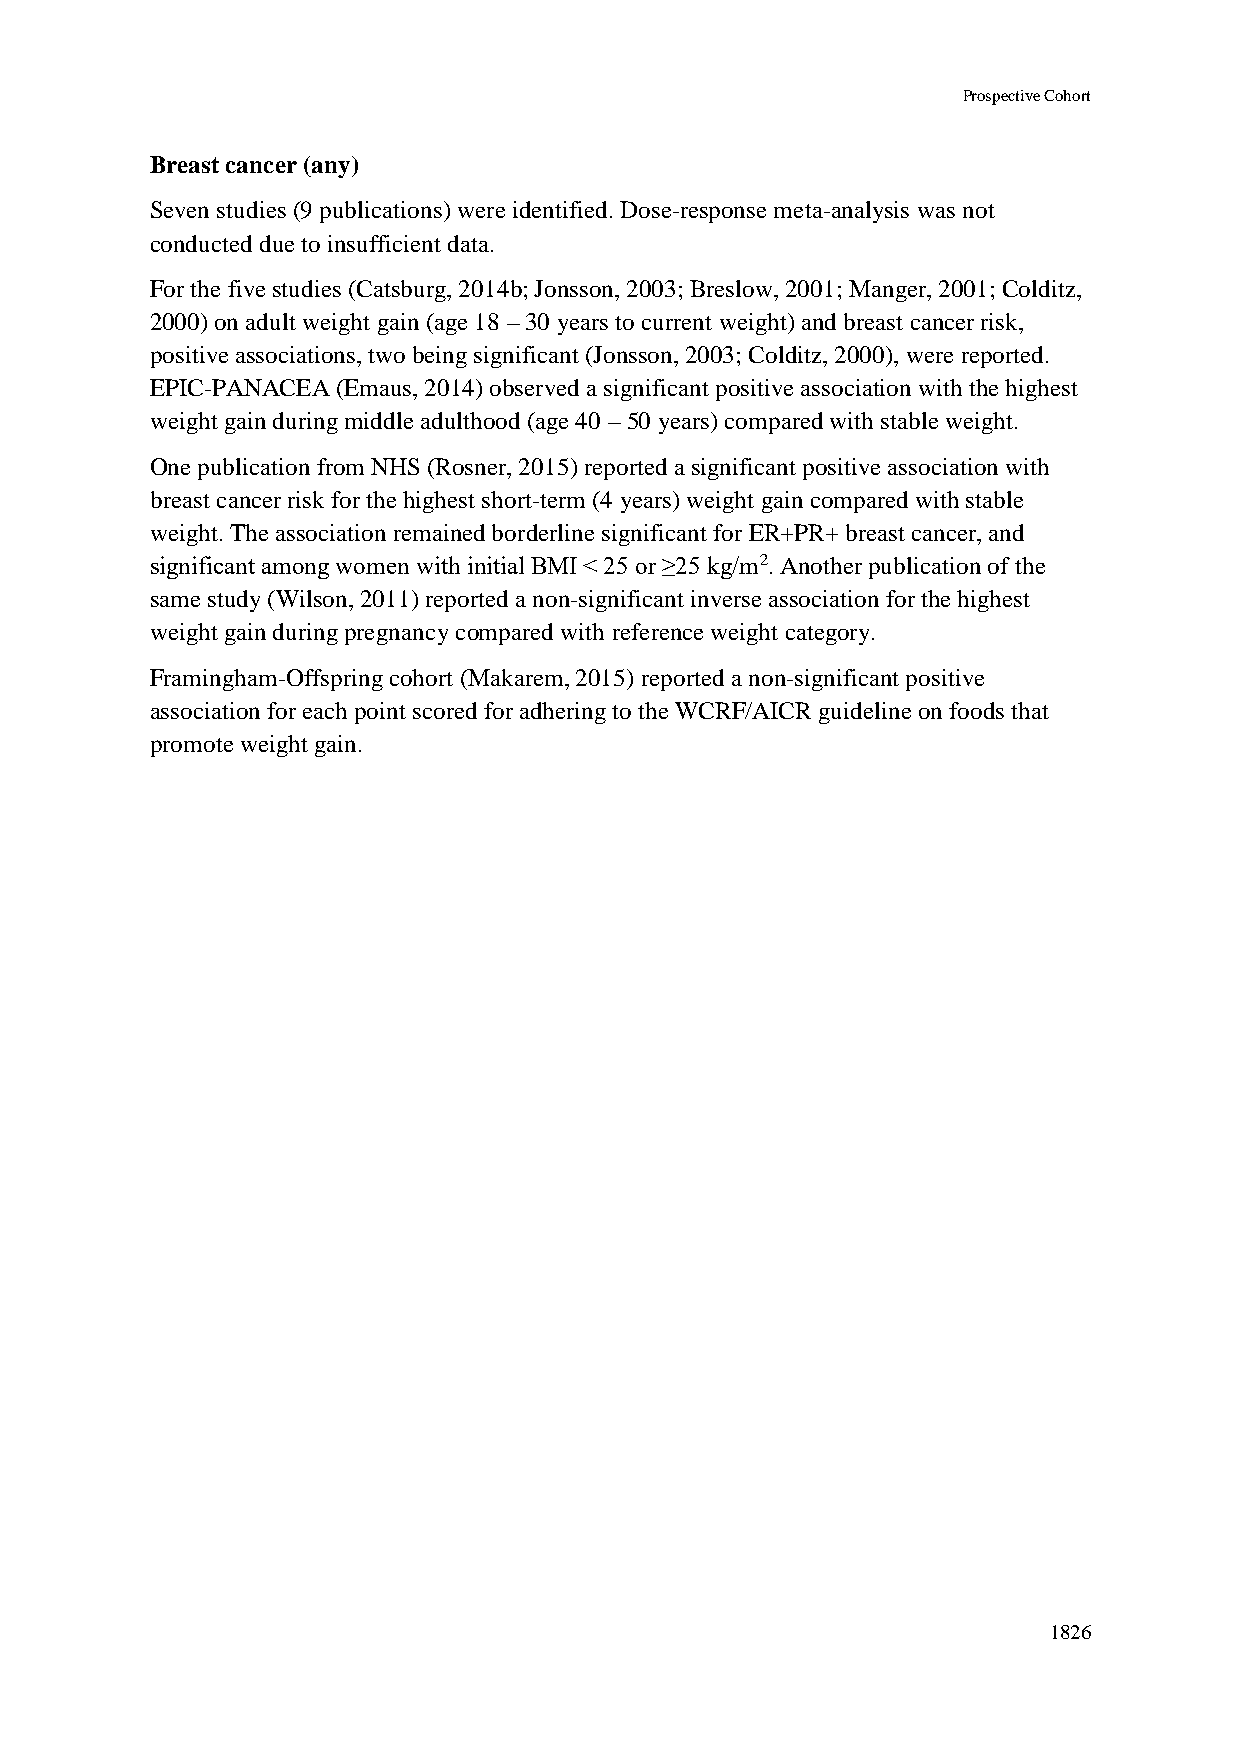
Prospective Cohort
 Breast cancer (any)
 Seven studies (9 publications) were identified. Dose-response meta-analysis was not
 conducted due to insufficient data.
 For the five studies (Catsburg, 2014b; Jonsson, 2003; Breslow, 2001; Manger, 2001; Colditz,
 2000) on adult weight gain (age 18 – 30 years to current weight) and breast cancer risk,
 positive associations, two being significant (Jonsson, 2003; Colditz, 2000), were reported.
 EPIC-PANACEA (Emaus, 2014) observed a significant positive association with the highest
 weight gain during middle adulthood (age 40 – 50 years) compared with stable weight.
 One publication from NHS (Rosner, 2015) reported a significant positive association with
 breast cancer risk for the highest short-term (4 years) weight gain compared with stable
 weight. The association remained borderline significant for ER+PR+ breast cancer, and
 significant among women with initial BMI < 25 or ≥25 kg/m2. Another publication of the
 same study (Wilson, 2011) reported a non-significant inverse association for the highest
 weight gain during pregnancy compared with reference weight category.
 Framingham-Offspring cohort (Makarem, 2015) reported a non-significant positive
 association for each point scored for adhering to the WCRF/AICR guideline on foods that
 promote weight gain.
 1826